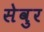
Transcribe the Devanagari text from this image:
सेवुर